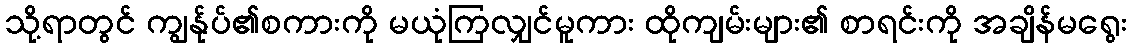
သို့ရာတွင် ကျွန်ုပ်၏စကားကို မယုံကြလျှင်မူကား ထိုကျမ်းများ၏ စာရင်းကို အချိန်မရွေး